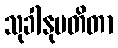
သုခါနုပတိတာ